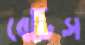
বেটিস